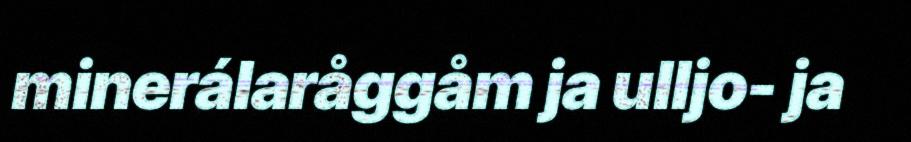
minerálaråggåm ja ulljo- ja